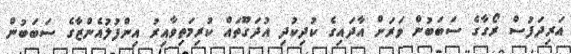
އަރިދަފުސް ރޯގާގެ ސަބަބުން ވަރަށް އާދައިގެ ކުދިކުދި އުދަގޫތައް ކުރިމަތިވާއިރު އިންފުލުއެންޒާގެ ސަބަބުން